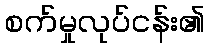
စက်မှုလုပ်ငန်း၏